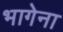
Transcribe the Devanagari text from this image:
भागेना